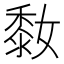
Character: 𪏮